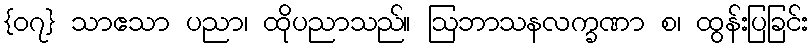
{၀၇} သာဧသာ ပညာ၊ ထိုပညာသည်။ ဩဘာသနလက္ခဏာ စ၊ ထွန်းပြခြင်း